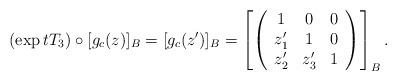
LaTeX: \begin{align*}(\exp tT_3)\circ [g_c(z)]_B= [g_c(z^\prime)]_B=\left[\left(\begin{array}{ccc}1&0&0\\z_1^\prime&1&0\\z_2^\prime&z_3^\prime&1\\\end{array}\right)\right]_B.\end{align*}